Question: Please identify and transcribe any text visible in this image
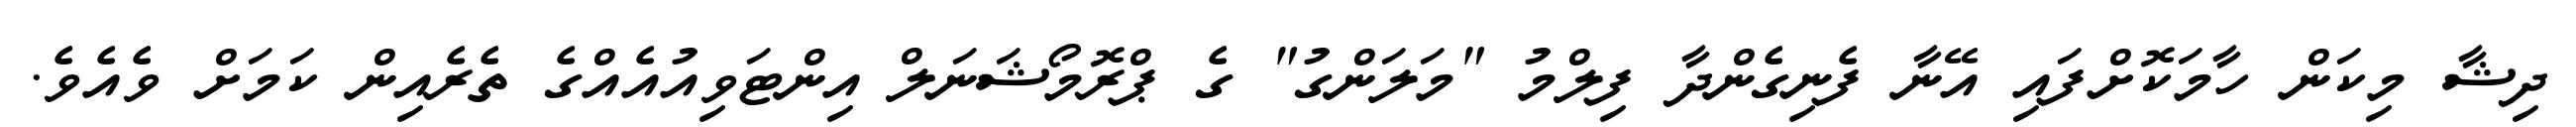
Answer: ދިޝާ މިކަން ހާމަކޮށްފައި އޭނާ ފެނިގެންދާ ފިލްމު "މަލަންގު" ގެ ޕްރޮމޯޝަނަލް އިންޓަވިއުއެއްގެ ތެރެއިން ކަމަށް ވެއެވެ.